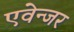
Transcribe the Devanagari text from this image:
एवेन्जर